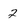
Character: 2